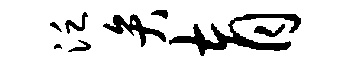
泛弁育